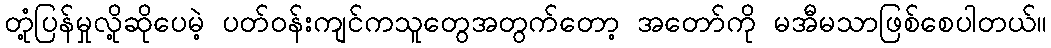
တုံ့ပြန်မှုလို့ဆိုပေမဲ့ ပတ်ဝန်းကျင်ကသူတွေအတွက်တော့ အတော်ကို မအီမသာဖြစ်စေပါတယ်။